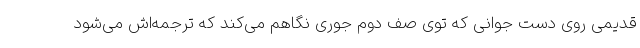
قدیمی روی دست جوانی که توی صف دوم جوری نگاهم می‌کند که ترجمه‌اش می‌شود